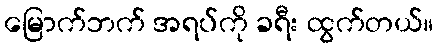
မြောက်ဘက် အရပ်ကို ခရီး ထွက်တယ်။